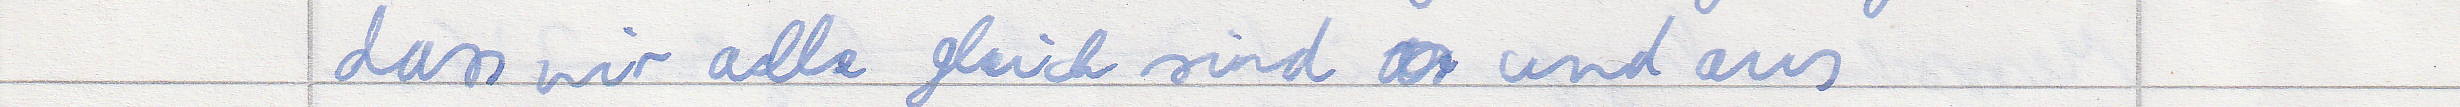
dass wir alle gleich sind und aus